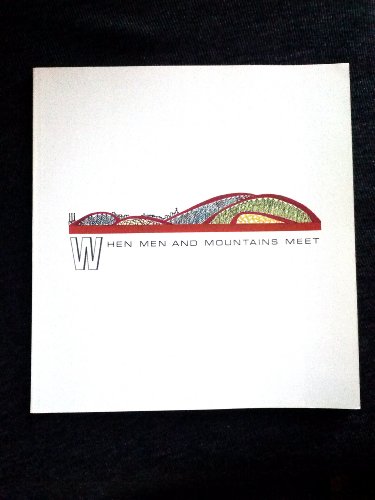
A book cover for When men and mountains meet; William W Corbitt; Travel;